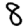
Digit: 8